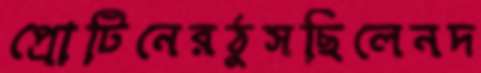
প্রোটিনেরঠুসছিলেনদ